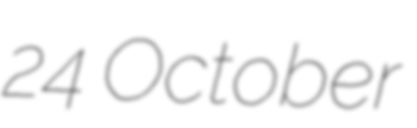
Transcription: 24 October